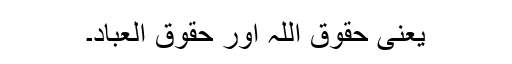
یعنی حقوق اللہ اور حقوق العباد۔